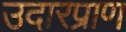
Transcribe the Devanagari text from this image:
उदारप्राण